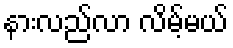
နားလည်လာ လိမ့်မယ်